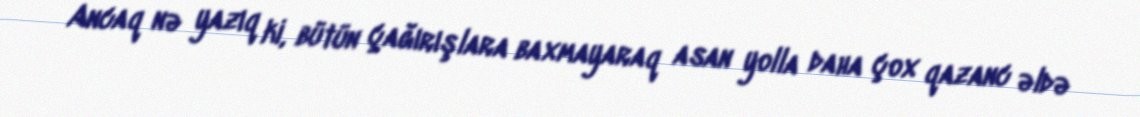
Ancaq nə yazıq ki, bütün çağırışlara baxmayaraq asan yolla daha çox qazanc əldə